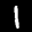
Label: 1